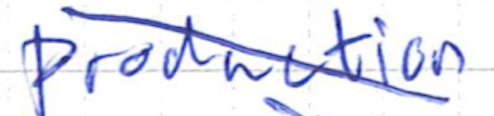
Text: production
Cross-out: diagonal
Writing tool: ballpoint